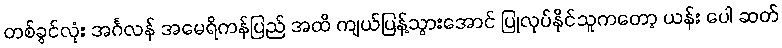
တစ်ခွင်လုံး အင်္ဂလန် အမေရိကန်ပြည် အထိ ကျယ်ပြန့်သွားအောင် ပြုလုပ်နိုင်သူကတော့ ယန်း ပေါ ဆတ်